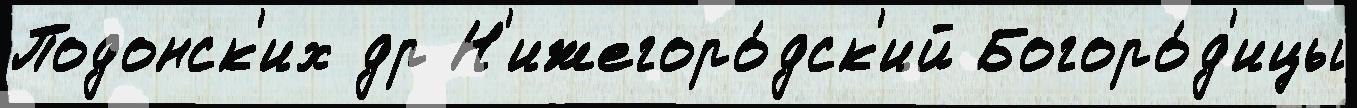
Подонск'их др Н'ижегоро́дск'ий Богоро́д'ицы